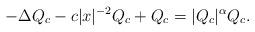
LaTeX: \begin{align*}-\Delta Q_c - c|x|^{-2} Q_c + Q_c = |Q_c|^{\alpha} Q_c. \end{align*}